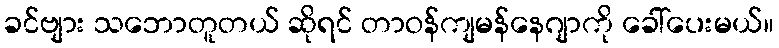
ခင်ဗျား သဘောတူတယ် ဆိုရင် တာဝန်ကျမန်နေဂျာကို ခေါ်ပေးမယ်။